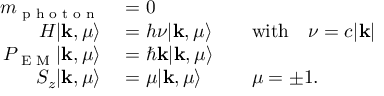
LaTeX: \begin{array} { r l r l } { m _ { \textrm { p h o t o n } } } & { { } = 0 } \\ { H | \mathbf { k } , \mu \rangle } & { { } = h \nu | \mathbf { k } , \mu \rangle } & { } & { { } { \mathrm { w i t h } } \quad \nu = c | \mathbf { k } | } \\ { P _ { \textrm { E M } } | \mathbf { k } , \mu \rangle } & { { } = \hbar \mathbf { k } | \mathbf { k } , \mu \rangle } \\ { S _ { z } | \mathbf { k } , \mu \rangle } & { { } = \mu | \mathbf { k } , \mu \rangle } & { } & { { } \mu = \pm 1 . } \end{array}